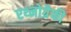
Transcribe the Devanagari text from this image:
एथ्नोग्रैफी